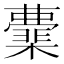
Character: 𭬟